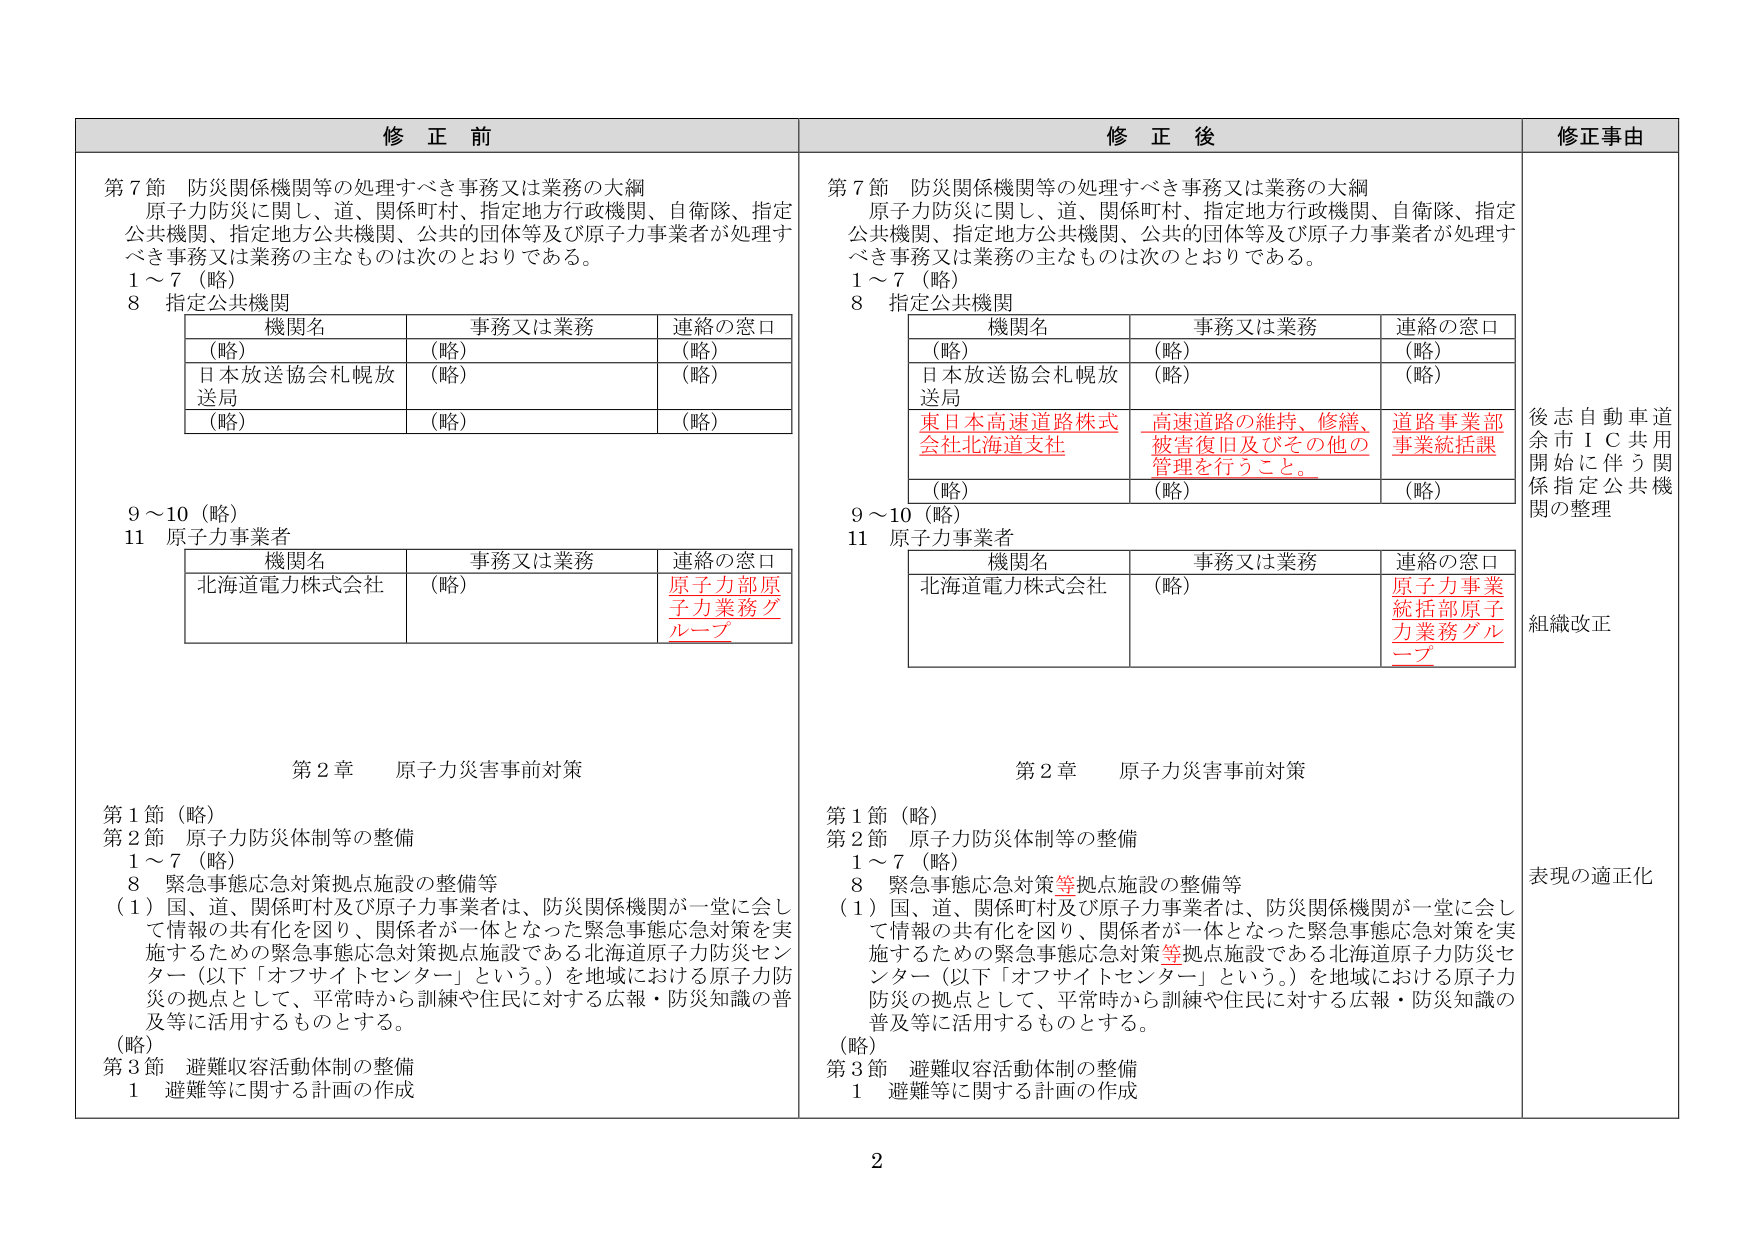
修正前
第7節 防災関係機関等の処理すべき事務又は業務の大綱
原子力防災に関し、道、関係町村、指定地方行政機関、自衛隊、指定
公共機関、指定地方公共機関、公共的団体等及び原子力事業者が処理す
べき事務又は業務の主なものは次のとおりである。
1～7（略）
8 指定公共機関
機関名 事務又は業務 連絡の窓口
（略） （略） （略）
日本放送協会札幌放 （略） （略）
送局
（略） （略） （略）
9～10（略）
11 原子力事業者
機関名 事務又は業務 連絡の窓口
北海道電力株式会社 （略） 原子力部原子力業務グループ

第2章 原子力災害事前対策
第1節（略）
第2節 原子力防災体制等の整備
1～7（略）
8 緊急事態応急対策拠点施設の整備等
（1）国、道、関係町村及び原子力事業者は、防災関係機関が一堂に会し
て情報の共有化を図り、関係者が一体となった緊急事態応急対策を実
施するための緊急事態応急対策拠点施設である北海道原子力防災セン
ター（以下「オフサイトセンター」という。）を地域における原子力防
災の拠点として、平常時から訓練や住民に対する広報・防災知識の普
及等に活用するものとする。
（略）
第3節 避難収容活動体制の整備
1 避難等に関する計画の作成

修正後
第7節 防災関係機関等の処理すべき事務又は業務の大綱
原子力防災に関し、道、関係町村、指定地方行政機関、自衛隊、指定
公共機関、指定地方公共機関、公共的団体等及び原子力事業者が処理す
べき事務又は業務の主なものは次のとおりである。
1～7（略）
8 指定公共機関
機関名 事務又は業務 連絡の窓口
（略） （略） （略）
日本放送協会札幌放 （略） （略）
送局
東日本高速道路株式 高速道路の維持、修繕、 道路事業部
会社北海道支社 被害復旧及びその他の 事業統括課
管理を行うこと。
（略） （略） （略）
9～10（略）
11 原子力事業者
機関名 事務又は業務 連絡の窓口
北海道電力株式会社 （略） 原子力事業
統括部原子
力業務グル
ープ

第2章 原子力災害事前対策
第1節（略）
第2節 原子力防災体制等の整備
1～7（略）
8 緊急事態応急対策等拠点施設の整備等
（1）国、道、関係町村及び原子力事業者は、防災関係機関が一堂に会し
て情報の共有化を図り、関係者が一体となった緊急事態応急対策を実
施するための緊急事態応急対策等拠点施設である北海道原子力防災セ
ンター（以下「オフサイトセンター」という。）を地域における原子力
防災の拠点として、平常時から訓練や住民に対する広報・防災知識の
普及等に活用するものとする。
（略）
第3節 避難収容活動体制の整備
1 避難等に関する計画の作成

修正事由
後志自動車道
余市ＩＣ共用
開始に伴う関
係指定公共機
関の整理
組織改正
表現の適正化

2